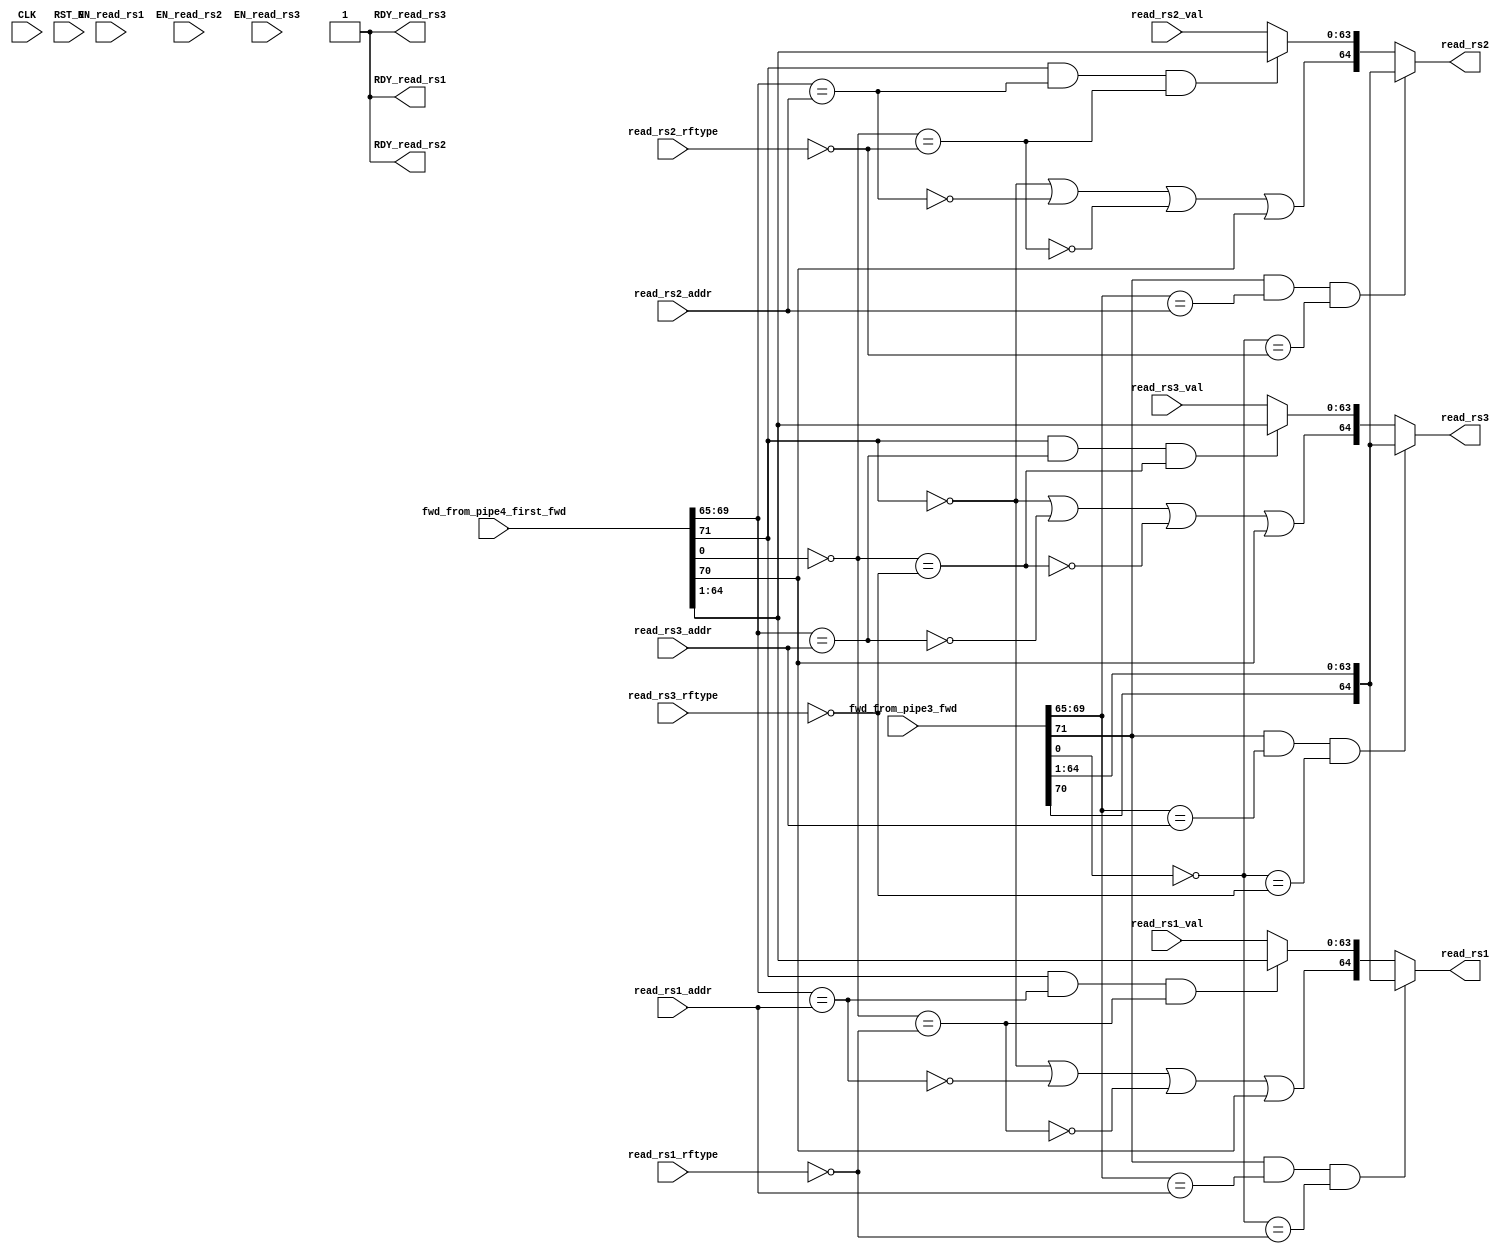
//
// Generated by Bluespec Compiler (build 8d454e4)
//
// On Fri Oct  9 13:13:31 IST 2020
//
//
// Ports:
// Name                         I/O  size props
// read_rs1                       O    65
// RDY_read_rs1                   O     1 const
// read_rs2                       O    65
// RDY_read_rs2                   O     1 const
// read_rs3                       O    65
// RDY_read_rs3                   O     1 const
// CLK                            I     1 unused
// RST_N                          I     1 unused
// fwd_from_pipe3_fwd             I    72
// fwd_from_pipe4_first_fwd       I    72
// read_rs1_val                   I    64
// read_rs1_addr                  I     5
// read_rs1_rftype                I     1
// read_rs2_val                   I    64
// read_rs2_addr                  I     5
// read_rs2_rftype                I     1
// read_rs3_val                   I    64
// read_rs3_addr                  I     5
// read_rs3_rftype                I     1
// EN_read_rs1                    I     1 unused
// EN_read_rs2                    I     1 unused
// EN_read_rs3                    I     1 unused
//
// Combinational paths from inputs to outputs:
//   (fwd_from_pipe3_fwd,
//    fwd_from_pipe4_first_fwd,
//    read_rs1_val,
//    read_rs1_addr,
//    read_rs1_rftype) -> read_rs1
//   (fwd_from_pipe3_fwd,
//    fwd_from_pipe4_first_fwd,
//    read_rs2_val,
//    read_rs2_addr,
//    read_rs2_rftype) -> read_rs2
//   (fwd_from_pipe3_fwd,
//    fwd_from_pipe4_first_fwd,
//    read_rs3_val,
//    read_rs3_addr,
//    read_rs3_rftype) -> read_rs3
//
//

`ifdef BSV_ASSIGNMENT_DELAY
`else
  `define BSV_ASSIGNMENT_DELAY
`endif

`ifdef BSV_POSITIVE_RESET
  `define BSV_RESET_VALUE 1'b1
  `define BSV_RESET_EDGE posedge
`else
  `define BSV_RESET_VALUE 1'b0
  `define BSV_RESET_EDGE negedge
`endif

module mkfwding(CLK,
		RST_N,

		fwd_from_pipe3_fwd,

		fwd_from_pipe4_first_fwd,

		read_rs1_val,
		read_rs1_addr,
		read_rs1_rftype,
		EN_read_rs1,
		read_rs1,
		RDY_read_rs1,

		read_rs2_val,
		read_rs2_addr,
		read_rs2_rftype,
		EN_read_rs2,
		read_rs2,
		RDY_read_rs2,

		read_rs3_val,
		read_rs3_addr,
		read_rs3_rftype,
		EN_read_rs3,
		read_rs3,
		RDY_read_rs3);
  parameter [63 : 0] hartid = 64'b0;
  input  CLK;
  input  RST_N;

  // action method fwd_from_pipe3
  input  [71 : 0] fwd_from_pipe3_fwd;

  // action method fwd_from_pipe4_first
  input  [71 : 0] fwd_from_pipe4_first_fwd;

  // actionvalue method read_rs1
  input  [63 : 0] read_rs1_val;
  input  [4 : 0] read_rs1_addr;
  input  read_rs1_rftype;
  input  EN_read_rs1;
  output [64 : 0] read_rs1;
  output RDY_read_rs1;

  // actionvalue method read_rs2
  input  [63 : 0] read_rs2_val;
  input  [4 : 0] read_rs2_addr;
  input  read_rs2_rftype;
  input  EN_read_rs2;
  output [64 : 0] read_rs2;
  output RDY_read_rs2;

  // actionvalue method read_rs3
  input  [63 : 0] read_rs3_val;
  input  [4 : 0] read_rs3_addr;
  input  read_rs3_rftype;
  input  EN_read_rs3;
  output [64 : 0] read_rs3;
  output RDY_read_rs3;

  // signals for module outputs
  wire [64 : 0] read_rs1, read_rs2, read_rs3;
  wire RDY_read_rs1, RDY_read_rs2, RDY_read_rs3;

  // rule scheduling signals
  wire CAN_FIRE_fwd_from_pipe3,
       CAN_FIRE_fwd_from_pipe4_first,
       CAN_FIRE_read_rs1,
       CAN_FIRE_read_rs2,
       CAN_FIRE_read_rs3,
       WILL_FIRE_fwd_from_pipe3,
       WILL_FIRE_fwd_from_pipe4_first,
       WILL_FIRE_read_rs1,
       WILL_FIRE_read_rs2,
       WILL_FIRE_read_rs3;

  // declarations used by system tasks
  // synopsys translate_off
  reg TASK_testplusargs___d1;
  reg TASK_testplusargs___d2;
  reg TASK_testplusargs___d3;
  reg [63 : 0] v__h255;
  reg TASK_testplusargs___d21;
  reg TASK_testplusargs___d22;
  reg TASK_testplusargs___d23;
  reg [63 : 0] v__h525;
  reg TASK_testplusargs_OR_TASK_testplusargs_AND_TAS_ETC___d8;
  reg TASK_testplusargs_OR_TASK_testplusargs_AND_TAS_ETC___d10;
  reg TASK_testplusargs_OR_TASK_testplusargs_AND_TAS_ETC___d12;
  reg TASK_testplusargs_OR_TASK_testplusargs_AND_TAS_ETC___d14;
  reg TASK_testplusargs_OR_TASK_testplusargs_AND_TAS_ETC___d18;
  reg TASK_testplusargs_OR_TASK_testplusargs_AND_TAS_ETC___d20;
  reg TASK_testplusargs_1_OR_TASK_testplusargs_2_AND_ETC___d28;
  reg TASK_testplusargs_1_OR_TASK_testplusargs_2_AND_ETC___d30;
  reg TASK_testplusargs_1_OR_TASK_testplusargs_2_AND_ETC___d32;
  reg TASK_testplusargs_1_OR_TASK_testplusargs_2_AND_ETC___d34;
  reg TASK_testplusargs_1_OR_TASK_testplusargs_2_AND_ETC___d38;
  reg TASK_testplusargs_1_OR_TASK_testplusargs_2_AND_ETC___d40;
  // synopsys translate_on

  // remaining internal signals
  wire [63 : 0] IF_wr_from_pipe4_first_wget__4_BIT_71_5_AND_wr_ETC___d106,
		IF_wr_from_pipe4_first_wget__4_BIT_71_5_AND_wr_ETC___d71,
		IF_wr_from_pipe4_first_wget__4_BIT_71_5_AND_wr_ETC___d90;
  wire NOT_wr_from_pipe4_first_wget__4_BIT_0_1_2_EQ_N_ETC___d100,
       NOT_wr_from_pipe4_first_wget__4_BIT_0_1_2_EQ_N_ETC___d63,
       NOT_wr_from_pipe4_first_wget__4_BIT_0_1_2_EQ_N_ETC___d84,
       wr_from_pipe4_first_wget__4_BITS_69_TO_65_7_EQ_ETC___d58,
       wr_from_pipe4_first_wget__4_BITS_69_TO_65_7_EQ_ETC___d81,
       wr_from_pipe4_first_wget__4_BITS_69_TO_65_7_EQ_ETC___d97;

  // action method fwd_from_pipe3
  assign CAN_FIRE_fwd_from_pipe3 = 1'd1 ;
  assign WILL_FIRE_fwd_from_pipe3 = 1'd1 ;

  // action method fwd_from_pipe4_first
  assign CAN_FIRE_fwd_from_pipe4_first = 1'd1 ;
  assign WILL_FIRE_fwd_from_pipe4_first = 1'd1 ;

  // actionvalue method read_rs1
  assign read_rs1 =
	     (fwd_from_pipe3_fwd[71] &&
	      fwd_from_pipe3_fwd[69:65] == read_rs1_addr &&
	      !fwd_from_pipe3_fwd[0] == !read_rs1_rftype) ?
	       { fwd_from_pipe3_fwd[70], fwd_from_pipe3_fwd[64:1] } :
	       { !fwd_from_pipe4_first_fwd[71] ||
		 !wr_from_pipe4_first_wget__4_BITS_69_TO_65_7_EQ_ETC___d58 ||
		 !NOT_wr_from_pipe4_first_wget__4_BIT_0_1_2_EQ_N_ETC___d63 ||
		 fwd_from_pipe4_first_fwd[70],
		 IF_wr_from_pipe4_first_wget__4_BIT_71_5_AND_wr_ETC___d71 } ;
  assign RDY_read_rs1 = 1'b1 ;
  assign CAN_FIRE_read_rs1 = 1'b1 ;
  assign WILL_FIRE_read_rs1 = EN_read_rs1 ;

  // actionvalue method read_rs2
  assign read_rs2 =
	     (fwd_from_pipe3_fwd[71] &&
	      fwd_from_pipe3_fwd[69:65] == read_rs2_addr &&
	      !fwd_from_pipe3_fwd[0] == !read_rs2_rftype) ?
	       { fwd_from_pipe3_fwd[70], fwd_from_pipe3_fwd[64:1] } :
	       { !fwd_from_pipe4_first_fwd[71] ||
		 !wr_from_pipe4_first_wget__4_BITS_69_TO_65_7_EQ_ETC___d81 ||
		 !NOT_wr_from_pipe4_first_wget__4_BIT_0_1_2_EQ_N_ETC___d84 ||
		 fwd_from_pipe4_first_fwd[70],
		 IF_wr_from_pipe4_first_wget__4_BIT_71_5_AND_wr_ETC___d90 } ;
  assign RDY_read_rs2 = 1'b1 ;
  assign CAN_FIRE_read_rs2 = 1'b1 ;
  assign WILL_FIRE_read_rs2 = EN_read_rs2 ;

  // actionvalue method read_rs3
  assign read_rs3 =
	     (fwd_from_pipe3_fwd[71] &&
	      fwd_from_pipe3_fwd[69:65] == read_rs3_addr &&
	      !fwd_from_pipe3_fwd[0] == !read_rs3_rftype) ?
	       { fwd_from_pipe3_fwd[70], fwd_from_pipe3_fwd[64:1] } :
	       { !fwd_from_pipe4_first_fwd[71] ||
		 !wr_from_pipe4_first_wget__4_BITS_69_TO_65_7_EQ_ETC___d97 ||
		 !NOT_wr_from_pipe4_first_wget__4_BIT_0_1_2_EQ_N_ETC___d100 ||
		 fwd_from_pipe4_first_fwd[70],
		 IF_wr_from_pipe4_first_wget__4_BIT_71_5_AND_wr_ETC___d106 } ;
  assign RDY_read_rs3 = 1'b1 ;
  assign CAN_FIRE_read_rs3 = 1'b1 ;
  assign WILL_FIRE_read_rs3 = EN_read_rs3 ;

  // remaining internal signals
  assign IF_wr_from_pipe4_first_wget__4_BIT_71_5_AND_wr_ETC___d106 =
	     (fwd_from_pipe4_first_fwd[71] &&
	      wr_from_pipe4_first_wget__4_BITS_69_TO_65_7_EQ_ETC___d97 &&
	      NOT_wr_from_pipe4_first_wget__4_BIT_0_1_2_EQ_N_ETC___d100) ?
	       fwd_from_pipe4_first_fwd[64:1] :
	       read_rs3_val ;
  assign IF_wr_from_pipe4_first_wget__4_BIT_71_5_AND_wr_ETC___d71 =
	     (fwd_from_pipe4_first_fwd[71] &&
	      wr_from_pipe4_first_wget__4_BITS_69_TO_65_7_EQ_ETC___d58 &&
	      NOT_wr_from_pipe4_first_wget__4_BIT_0_1_2_EQ_N_ETC___d63) ?
	       fwd_from_pipe4_first_fwd[64:1] :
	       read_rs1_val ;
  assign IF_wr_from_pipe4_first_wget__4_BIT_71_5_AND_wr_ETC___d90 =
	     (fwd_from_pipe4_first_fwd[71] &&
	      wr_from_pipe4_first_wget__4_BITS_69_TO_65_7_EQ_ETC___d81 &&
	      NOT_wr_from_pipe4_first_wget__4_BIT_0_1_2_EQ_N_ETC___d84) ?
	       fwd_from_pipe4_first_fwd[64:1] :
	       read_rs2_val ;
  assign NOT_wr_from_pipe4_first_wget__4_BIT_0_1_2_EQ_N_ETC___d100 =
	     !fwd_from_pipe4_first_fwd[0] == !read_rs3_rftype ;
  assign NOT_wr_from_pipe4_first_wget__4_BIT_0_1_2_EQ_N_ETC___d63 =
	     !fwd_from_pipe4_first_fwd[0] == !read_rs1_rftype ;
  assign NOT_wr_from_pipe4_first_wget__4_BIT_0_1_2_EQ_N_ETC___d84 =
	     !fwd_from_pipe4_first_fwd[0] == !read_rs2_rftype ;
  assign wr_from_pipe4_first_wget__4_BITS_69_TO_65_7_EQ_ETC___d58 =
	     fwd_from_pipe4_first_fwd[69:65] == read_rs1_addr ;
  assign wr_from_pipe4_first_wget__4_BITS_69_TO_65_7_EQ_ETC___d81 =
	     fwd_from_pipe4_first_fwd[69:65] == read_rs2_addr ;
  assign wr_from_pipe4_first_wget__4_BITS_69_TO_65_7_EQ_ETC___d97 =
	     fwd_from_pipe4_first_fwd[69:65] == read_rs3_addr ;

  // handling of system tasks

  // synopsys translate_off
  always@(negedge CLK)
  begin
    #0;
    if (RST_N != `BSV_RESET_VALUE)
      begin
        TASK_testplusargs___d1 = $test$plusargs("fullverbose");
	#0;
      end
    if (RST_N != `BSV_RESET_VALUE)
      begin
        TASK_testplusargs___d2 = $test$plusargs("mfwding");
	#0;
      end
    if (RST_N != `BSV_RESET_VALUE)
      begin
        TASK_testplusargs___d3 = $test$plusargs("l2");
	#0;
      end
    TASK_testplusargs_OR_TASK_testplusargs_AND_TAS_ETC___d8 =
	(TASK_testplusargs___d1 ||
	 TASK_testplusargs___d2 && TASK_testplusargs___d3) &&
	fwd_from_pipe3_fwd[71];
    TASK_testplusargs_OR_TASK_testplusargs_AND_TAS_ETC___d10 =
	(TASK_testplusargs___d1 ||
	 TASK_testplusargs___d2 && TASK_testplusargs___d3) &&
	!fwd_from_pipe3_fwd[71];
    TASK_testplusargs_OR_TASK_testplusargs_AND_TAS_ETC___d12 =
	(TASK_testplusargs___d1 ||
	 TASK_testplusargs___d2 && TASK_testplusargs___d3) &&
	fwd_from_pipe3_fwd[70];
    TASK_testplusargs_OR_TASK_testplusargs_AND_TAS_ETC___d14 =
	(TASK_testplusargs___d1 ||
	 TASK_testplusargs___d2 && TASK_testplusargs___d3) &&
	!fwd_from_pipe3_fwd[70];
    TASK_testplusargs_OR_TASK_testplusargs_AND_TAS_ETC___d18 =
	(TASK_testplusargs___d1 ||
	 TASK_testplusargs___d2 && TASK_testplusargs___d3) &&
	fwd_from_pipe3_fwd[0];
    TASK_testplusargs_OR_TASK_testplusargs_AND_TAS_ETC___d20 =
	(TASK_testplusargs___d1 ||
	 TASK_testplusargs___d2 && TASK_testplusargs___d3) &&
	!fwd_from_pipe3_fwd[0];
    if (RST_N != `BSV_RESET_VALUE)
      begin
        v__h255 = $time;
	#0;
      end
    if (RST_N != `BSV_RESET_VALUE)
      if (TASK_testplusargs___d1 ||
	  TASK_testplusargs___d2 && TASK_testplusargs___d3)
	$write("[%10d", v__h255, "] ");
    if (RST_N != `BSV_RESET_VALUE)
      if (TASK_testplusargs___d1 ||
	  TASK_testplusargs___d2 && TASK_testplusargs___d3)
	$write("[%2d]FWDING: from PIPE3: ", hartid);
    if (RST_N != `BSV_RESET_VALUE)
      if (TASK_testplusargs___d1 ||
	  TASK_testplusargs___d2 && TASK_testplusargs___d3)
	$write("FwdType { ", "valid: ");
    if (RST_N != `BSV_RESET_VALUE)
      if (TASK_testplusargs_OR_TASK_testplusargs_AND_TAS_ETC___d8)
	$write("True");
    if (RST_N != `BSV_RESET_VALUE)
      if (TASK_testplusargs_OR_TASK_testplusargs_AND_TAS_ETC___d10)
	$write("False");
    if (RST_N != `BSV_RESET_VALUE)
      if (TASK_testplusargs___d1 ||
	  TASK_testplusargs___d2 && TASK_testplusargs___d3)
	$write(", ", "available: ");
    if (RST_N != `BSV_RESET_VALUE)
      if (TASK_testplusargs_OR_TASK_testplusargs_AND_TAS_ETC___d12)
	$write("True");
    if (RST_N != `BSV_RESET_VALUE)
      if (TASK_testplusargs_OR_TASK_testplusargs_AND_TAS_ETC___d14)
	$write("False");
    if (RST_N != `BSV_RESET_VALUE)
      if (TASK_testplusargs___d1 ||
	  TASK_testplusargs___d2 && TASK_testplusargs___d3)
	$write(", ", "addr: ");
    if (RST_N != `BSV_RESET_VALUE)
      if (TASK_testplusargs___d1 ||
	  TASK_testplusargs___d2 && TASK_testplusargs___d3)
	$write("'h%h", fwd_from_pipe3_fwd[69:65]);
    if (RST_N != `BSV_RESET_VALUE)
      if (TASK_testplusargs___d1 ||
	  TASK_testplusargs___d2 && TASK_testplusargs___d3)
	$write(", ", "data: ");
    if (RST_N != `BSV_RESET_VALUE)
      if (TASK_testplusargs___d1 ||
	  TASK_testplusargs___d2 && TASK_testplusargs___d3)
	$write("'h%h", fwd_from_pipe3_fwd[64:1]);
    if (RST_N != `BSV_RESET_VALUE)
      if (TASK_testplusargs___d1 ||
	  TASK_testplusargs___d2 && TASK_testplusargs___d3)
	$write(", ", "rftype: ");
    if (RST_N != `BSV_RESET_VALUE)
      if (TASK_testplusargs_OR_TASK_testplusargs_AND_TAS_ETC___d18)
	$write("FRF");
    if (RST_N != `BSV_RESET_VALUE)
      if (TASK_testplusargs_OR_TASK_testplusargs_AND_TAS_ETC___d20)
	$write("IRF");
    if (RST_N != `BSV_RESET_VALUE)
      if (TASK_testplusargs___d1 ||
	  TASK_testplusargs___d2 && TASK_testplusargs___d3)
	$write(" }");
    if (RST_N != `BSV_RESET_VALUE)
      if (TASK_testplusargs___d1 ||
	  TASK_testplusargs___d2 && TASK_testplusargs___d3)
	$write("\n");
    if (RST_N != `BSV_RESET_VALUE)
      begin
        TASK_testplusargs___d21 = $test$plusargs("fullverbose");
	#0;
      end
    if (RST_N != `BSV_RESET_VALUE)
      begin
        TASK_testplusargs___d22 = $test$plusargs("mfwding");
	#0;
      end
    if (RST_N != `BSV_RESET_VALUE)
      begin
        TASK_testplusargs___d23 = $test$plusargs("l2");
	#0;
      end
    TASK_testplusargs_1_OR_TASK_testplusargs_2_AND_ETC___d28 =
	(TASK_testplusargs___d21 ||
	 TASK_testplusargs___d22 && TASK_testplusargs___d23) &&
	fwd_from_pipe4_first_fwd[71];
    TASK_testplusargs_1_OR_TASK_testplusargs_2_AND_ETC___d30 =
	(TASK_testplusargs___d21 ||
	 TASK_testplusargs___d22 && TASK_testplusargs___d23) &&
	!fwd_from_pipe4_first_fwd[71];
    TASK_testplusargs_1_OR_TASK_testplusargs_2_AND_ETC___d32 =
	(TASK_testplusargs___d21 ||
	 TASK_testplusargs___d22 && TASK_testplusargs___d23) &&
	fwd_from_pipe4_first_fwd[70];
    TASK_testplusargs_1_OR_TASK_testplusargs_2_AND_ETC___d34 =
	(TASK_testplusargs___d21 ||
	 TASK_testplusargs___d22 && TASK_testplusargs___d23) &&
	!fwd_from_pipe4_first_fwd[70];
    TASK_testplusargs_1_OR_TASK_testplusargs_2_AND_ETC___d38 =
	(TASK_testplusargs___d21 ||
	 TASK_testplusargs___d22 && TASK_testplusargs___d23) &&
	fwd_from_pipe4_first_fwd[0];
    TASK_testplusargs_1_OR_TASK_testplusargs_2_AND_ETC___d40 =
	(TASK_testplusargs___d21 ||
	 TASK_testplusargs___d22 && TASK_testplusargs___d23) &&
	!fwd_from_pipe4_first_fwd[0];
    if (RST_N != `BSV_RESET_VALUE)
      begin
        v__h525 = $time;
	#0;
      end
    if (RST_N != `BSV_RESET_VALUE)
      if (TASK_testplusargs___d21 ||
	  TASK_testplusargs___d22 && TASK_testplusargs___d23)
	$write("[%10d", v__h525, "] ");
    if (RST_N != `BSV_RESET_VALUE)
      if (TASK_testplusargs___d21 ||
	  TASK_testplusargs___d22 && TASK_testplusargs___d23)
	$write("[%2d]FWDING: from PIPE4-first: ", hartid);
    if (RST_N != `BSV_RESET_VALUE)
      if (TASK_testplusargs___d21 ||
	  TASK_testplusargs___d22 && TASK_testplusargs___d23)
	$write("FwdType { ", "valid: ");
    if (RST_N != `BSV_RESET_VALUE)
      if (TASK_testplusargs_1_OR_TASK_testplusargs_2_AND_ETC___d28)
	$write("True");
    if (RST_N != `BSV_RESET_VALUE)
      if (TASK_testplusargs_1_OR_TASK_testplusargs_2_AND_ETC___d30)
	$write("False");
    if (RST_N != `BSV_RESET_VALUE)
      if (TASK_testplusargs___d21 ||
	  TASK_testplusargs___d22 && TASK_testplusargs___d23)
	$write(", ", "available: ");
    if (RST_N != `BSV_RESET_VALUE)
      if (TASK_testplusargs_1_OR_TASK_testplusargs_2_AND_ETC___d32)
	$write("True");
    if (RST_N != `BSV_RESET_VALUE)
      if (TASK_testplusargs_1_OR_TASK_testplusargs_2_AND_ETC___d34)
	$write("False");
    if (RST_N != `BSV_RESET_VALUE)
      if (TASK_testplusargs___d21 ||
	  TASK_testplusargs___d22 && TASK_testplusargs___d23)
	$write(", ", "addr: ");
    if (RST_N != `BSV_RESET_VALUE)
      if (TASK_testplusargs___d21 ||
	  TASK_testplusargs___d22 && TASK_testplusargs___d23)
	$write("'h%h", fwd_from_pipe4_first_fwd[69:65]);
    if (RST_N != `BSV_RESET_VALUE)
      if (TASK_testplusargs___d21 ||
	  TASK_testplusargs___d22 && TASK_testplusargs___d23)
	$write(", ", "data: ");
    if (RST_N != `BSV_RESET_VALUE)
      if (TASK_testplusargs___d21 ||
	  TASK_testplusargs___d22 && TASK_testplusargs___d23)
	$write("'h%h", fwd_from_pipe4_first_fwd[64:1]);
    if (RST_N != `BSV_RESET_VALUE)
      if (TASK_testplusargs___d21 ||
	  TASK_testplusargs___d22 && TASK_testplusargs___d23)
	$write(", ", "rftype: ");
    if (RST_N != `BSV_RESET_VALUE)
      if (TASK_testplusargs_1_OR_TASK_testplusargs_2_AND_ETC___d38)
	$write("FRF");
    if (RST_N != `BSV_RESET_VALUE)
      if (TASK_testplusargs_1_OR_TASK_testplusargs_2_AND_ETC___d40)
	$write("IRF");
    if (RST_N != `BSV_RESET_VALUE)
      if (TASK_testplusargs___d21 ||
	  TASK_testplusargs___d22 && TASK_testplusargs___d23)
	$write(" }");
    if (RST_N != `BSV_RESET_VALUE)
      if (TASK_testplusargs___d21 ||
	  TASK_testplusargs___d22 && TASK_testplusargs___d23)
	$write("\n");
  end
  // synopsys translate_on
endmodule  // mkfwding